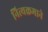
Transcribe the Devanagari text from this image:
नित्यक्रमाने